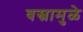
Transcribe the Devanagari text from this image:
वस्त्रामुळे